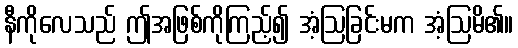
နီကိုလေသည် ဤအဖြစ်ကိုကြည့်၍ အံ့ဩခြင်းမက အံ့ဩမိ၏။